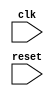
module behavioral_block (
    input wire clk,
    input wire reset,
    // other input/output ports
);

reg output_signal;

always @(posedge clk or negedge reset) begin
    if (!reset) begin
        output_signal <= 'b0; // reset to default value
    end else begin
        // logic for behavioral block
    end
end

// other logic for the behavioral block

endmodule